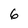
Character: 6